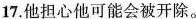
17.他担心他可能会被开除。